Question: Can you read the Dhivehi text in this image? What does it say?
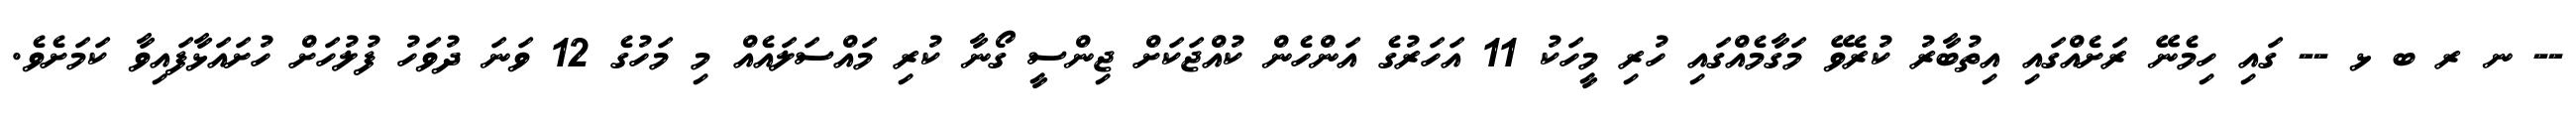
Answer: -- ނ ރ ބ ޅ -- ގައި ހިމެނޭ ރަށެއްގައި އިތުބާރު ކުރެވޭ މަގާމެއްގައި ހުރި މީހަކު 11 އަހަރުގެ އަންހެން ކުއްޖަކަށް ޖިންސީ ގޯނާ ކުރި މައްސަލައެއް މި މަހުގެ 12 ވަނަ ދުވަހު ފުލުހަށް ހުށައަޅާފައިވާ ކަމަށެވެ.